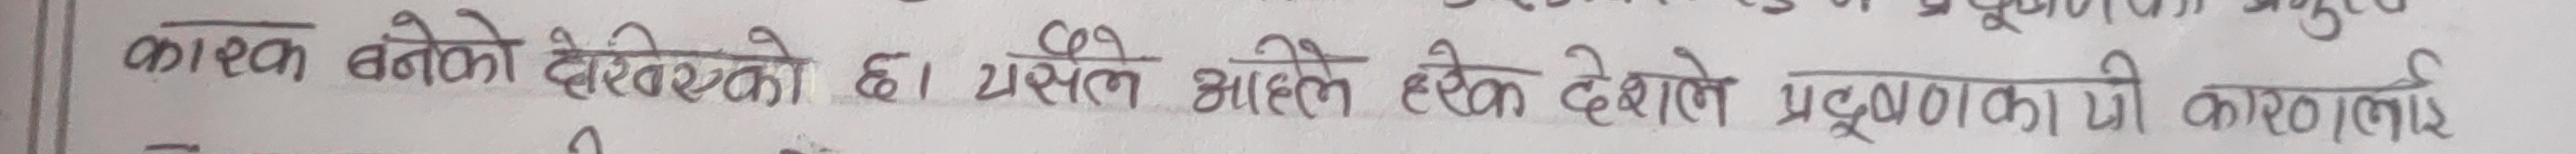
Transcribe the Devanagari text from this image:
कालो बनेको देखिएको छ। यसले आँखाले देखेले प्रदूषणको कारणलाई